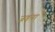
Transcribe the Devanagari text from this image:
जड़ना